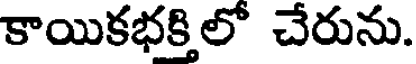
కాయికభక్తిలో చేరును.